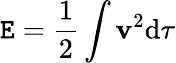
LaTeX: {\cal\mathtt{E}}={\frac{{1}}{{2}}}\int\mathbf{{v}}^{2}\mathrm{{d}}\tau